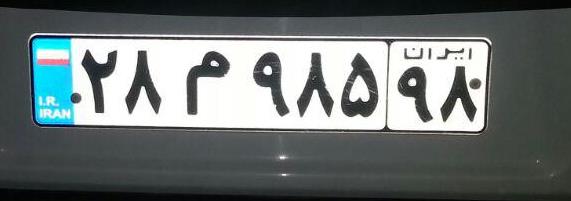
۲۸م۹۸۵۹۸